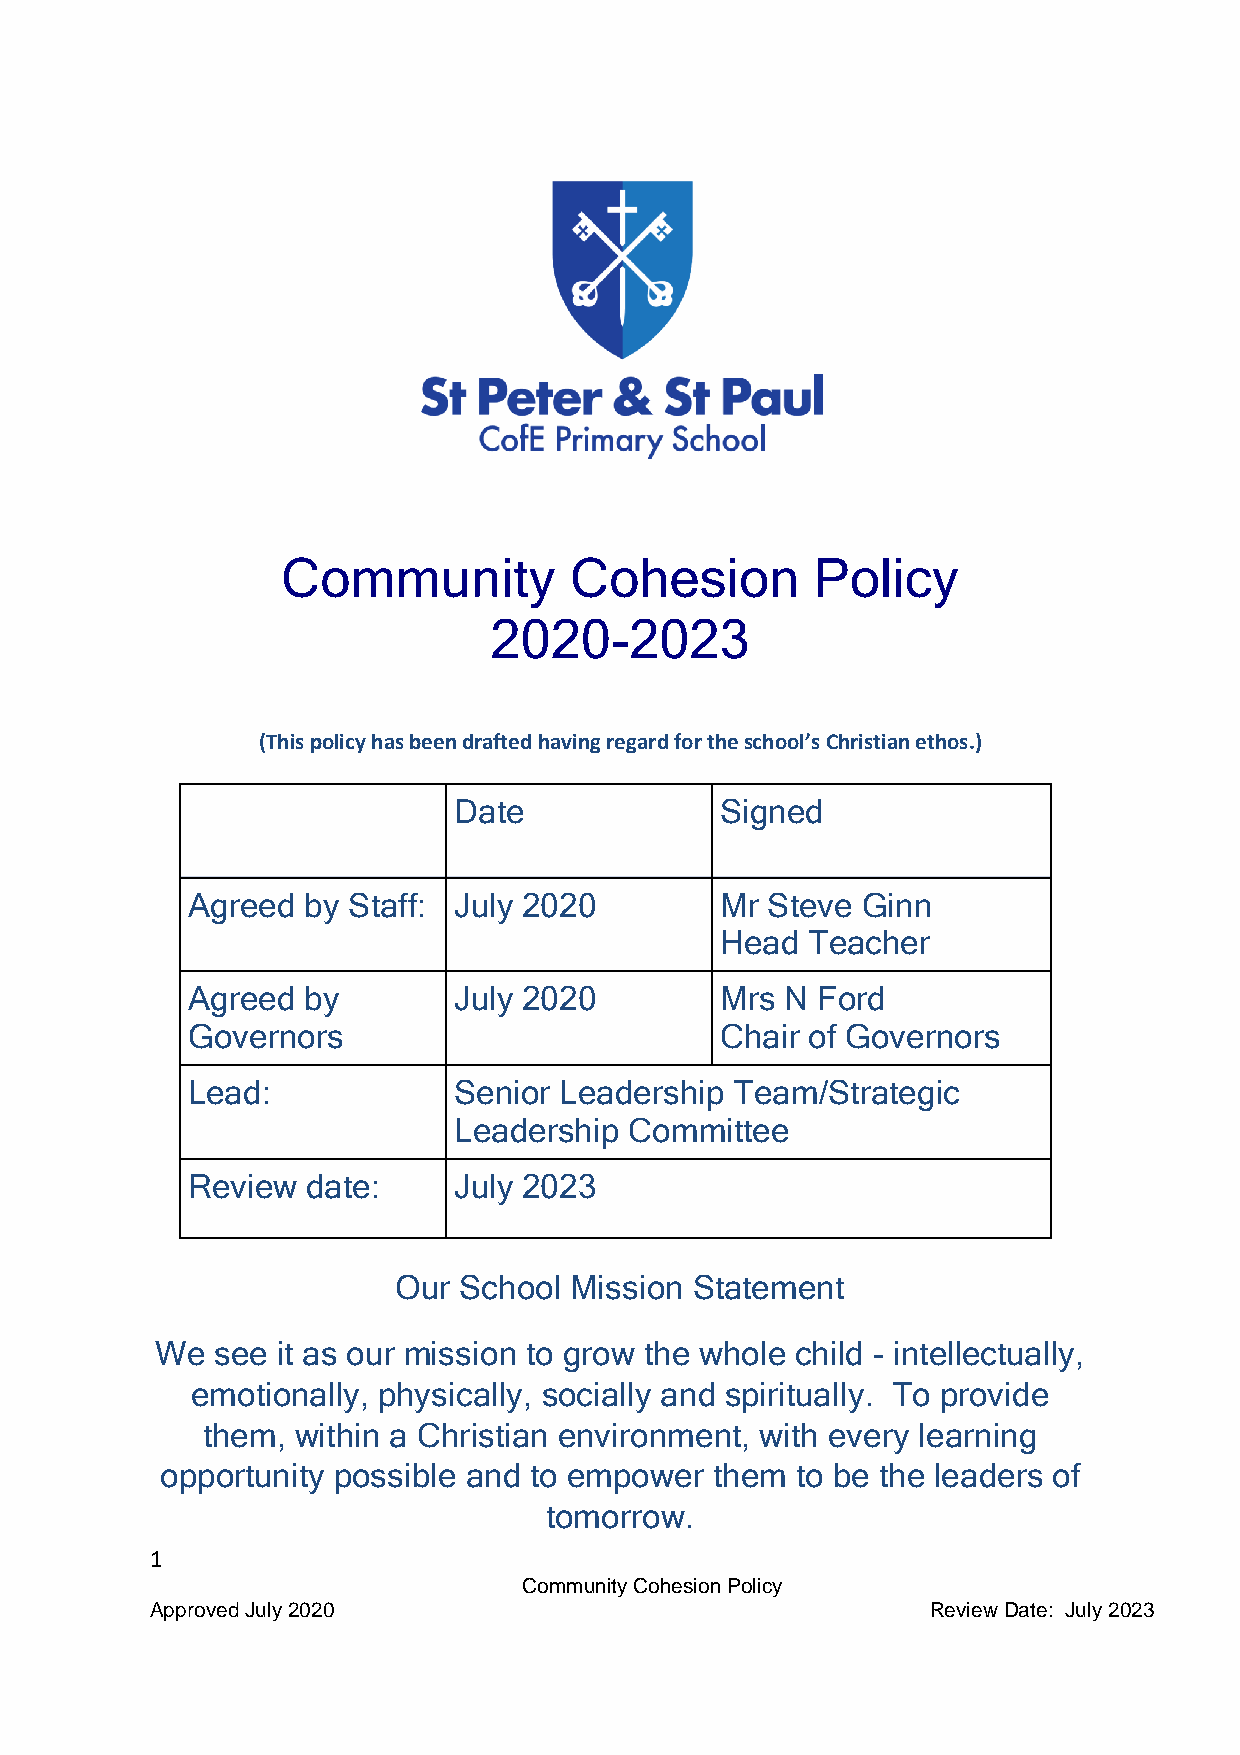
Community          Cohesion        Policy
 2020-2023
 (This policy has been drafted having regard for the school’s Christian ethos.)
 Date              Signed
 Agreed  by Staff: July 2020         Mr Steve Ginn
 Head  Teacher
 Agreed  by        July 2020         Mrs N Ford
 Governors                           Chair of Governors
 Lead:             Senior Leadership  Team/Strategic
 Leadership  Committee
 Review  date:     July 2023
 Our School  Mission Statement
 We  see it as our mission to grow the whole child - intellectually,
 emotionally, physically, socially and spiritually. To provide
 them,  within a Christian environment, with every learning
 opportunity possible and to empower them  to be the leaders of
 tomorrow.
 1
 Community Cohesion Policy
 Approved July 2020                                  Review Date: July 2023